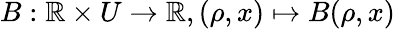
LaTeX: B:\mathbb{R}\times U\rightarrow\mathbb{R},(\rho,x)\mapsto B(\rho,x)